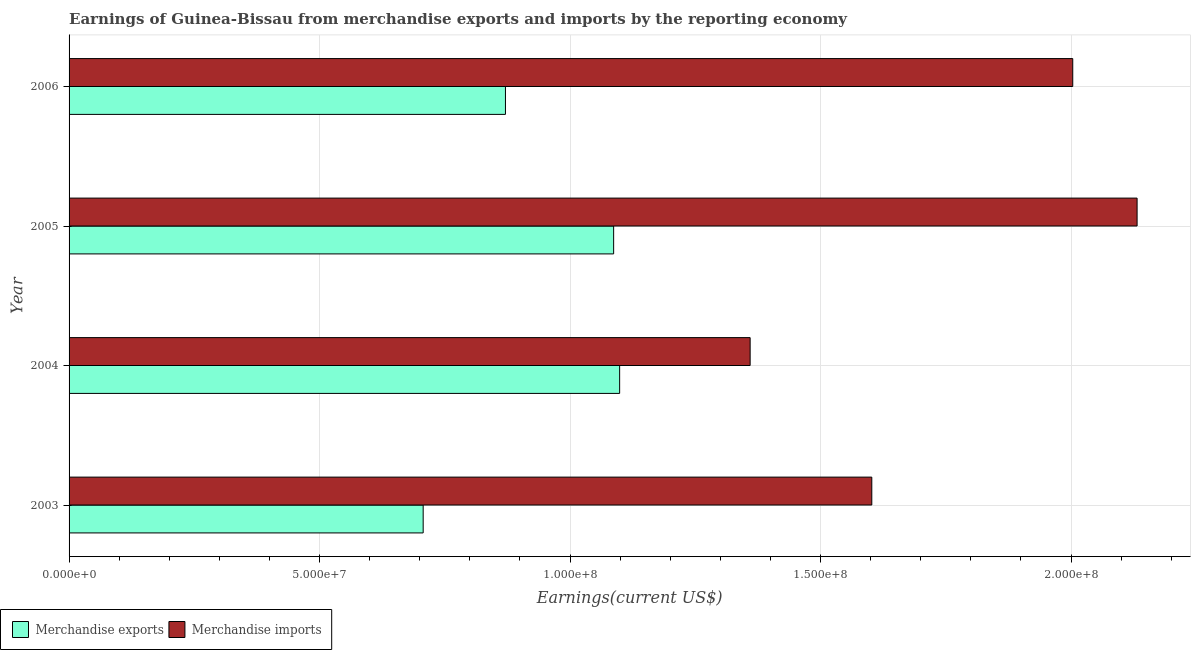
| Year | Merchandise exports | Merchandise imports |
 | --- | --- | --- |
 | 2003 | 7.07e+07 | 1.6e+08 |
 | 2004 | 1.1e+08 | 1.36e+08 |
 | 2005 | 1.09e+08 | 2.13e+08 |
 | 2006 | 8.71e+07 | 2e+08 |